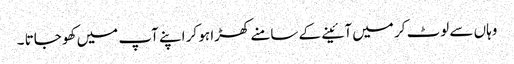
وہاں سے لوٹ کر میں آئینے کے سامنے کھڑا ہو کر اپنے آپ میں کھو جاتا ۔